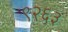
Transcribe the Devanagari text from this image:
९२६३